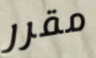
مقرر